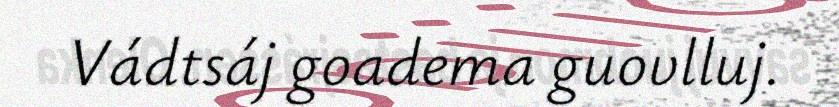
Vádtsáj goadema guovlluj.